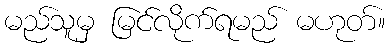
မည်သူမှ မြင်လိုက်ရမည် မဟုတ်။